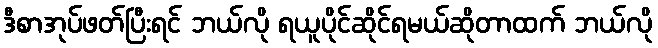
ဒီစာအုပ်ဖတ်ပြီးရင် ဘယ်လို ရယူပိုင်ဆိုင်ရမယ်ဆိုတာထက် ဘယ်လို